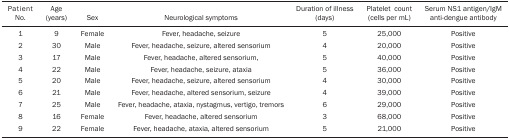
| PatientNo. | Age(years) | Sex | Neurological symptoms | Duration of illness (days) | Platelet count (cells per mL) | Serum NS1 antigen/IgM anti-dengueantibody |
 | --- | --- | --- | --- | --- | --- | --- |
 | 1 | 9 | Female | Fever, headache, seizure | 5 | 25,000 | Positive |
 | 2 | 30 | Male | Fever, headache, seizure, altered sensorium | 4 | 20,000 | Positive |
 | 3 | 17 | Male | Fever, headache, altered sensorium, | 5 | 40,000 | Positive |
 | 4 | 22 | Male | Fever, headache, seizure, ataxia | 5 | 36,000 | Positive |
 | 5 | 20 | Male | Fever, headache, seizure, altered sensorium | 4 | 30,000 | Positive |
 | 6 | 21 | Male | Fever, headache, altered sensorium, seizure | 4 | 39,000 | Positive |
 | 7 | 25 | Male | Fever, headache, ataxia, nystagmus, vertigo,tremors | 6 | 29,000 | Positive |
 | 8 | 16 | Female | Fever, headache, altered sensorium | 3 | 68,000 | Positive |
 | 9 | 22 | Female | Fever, headache, ataxia, altered sensorium | 5 | 21,000 | Positive |